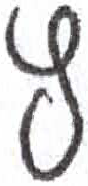
אות: ץ